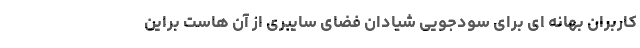
کاربران بهانه ای برای سودجویی شیادان فضای سایبری از آن هاست براین